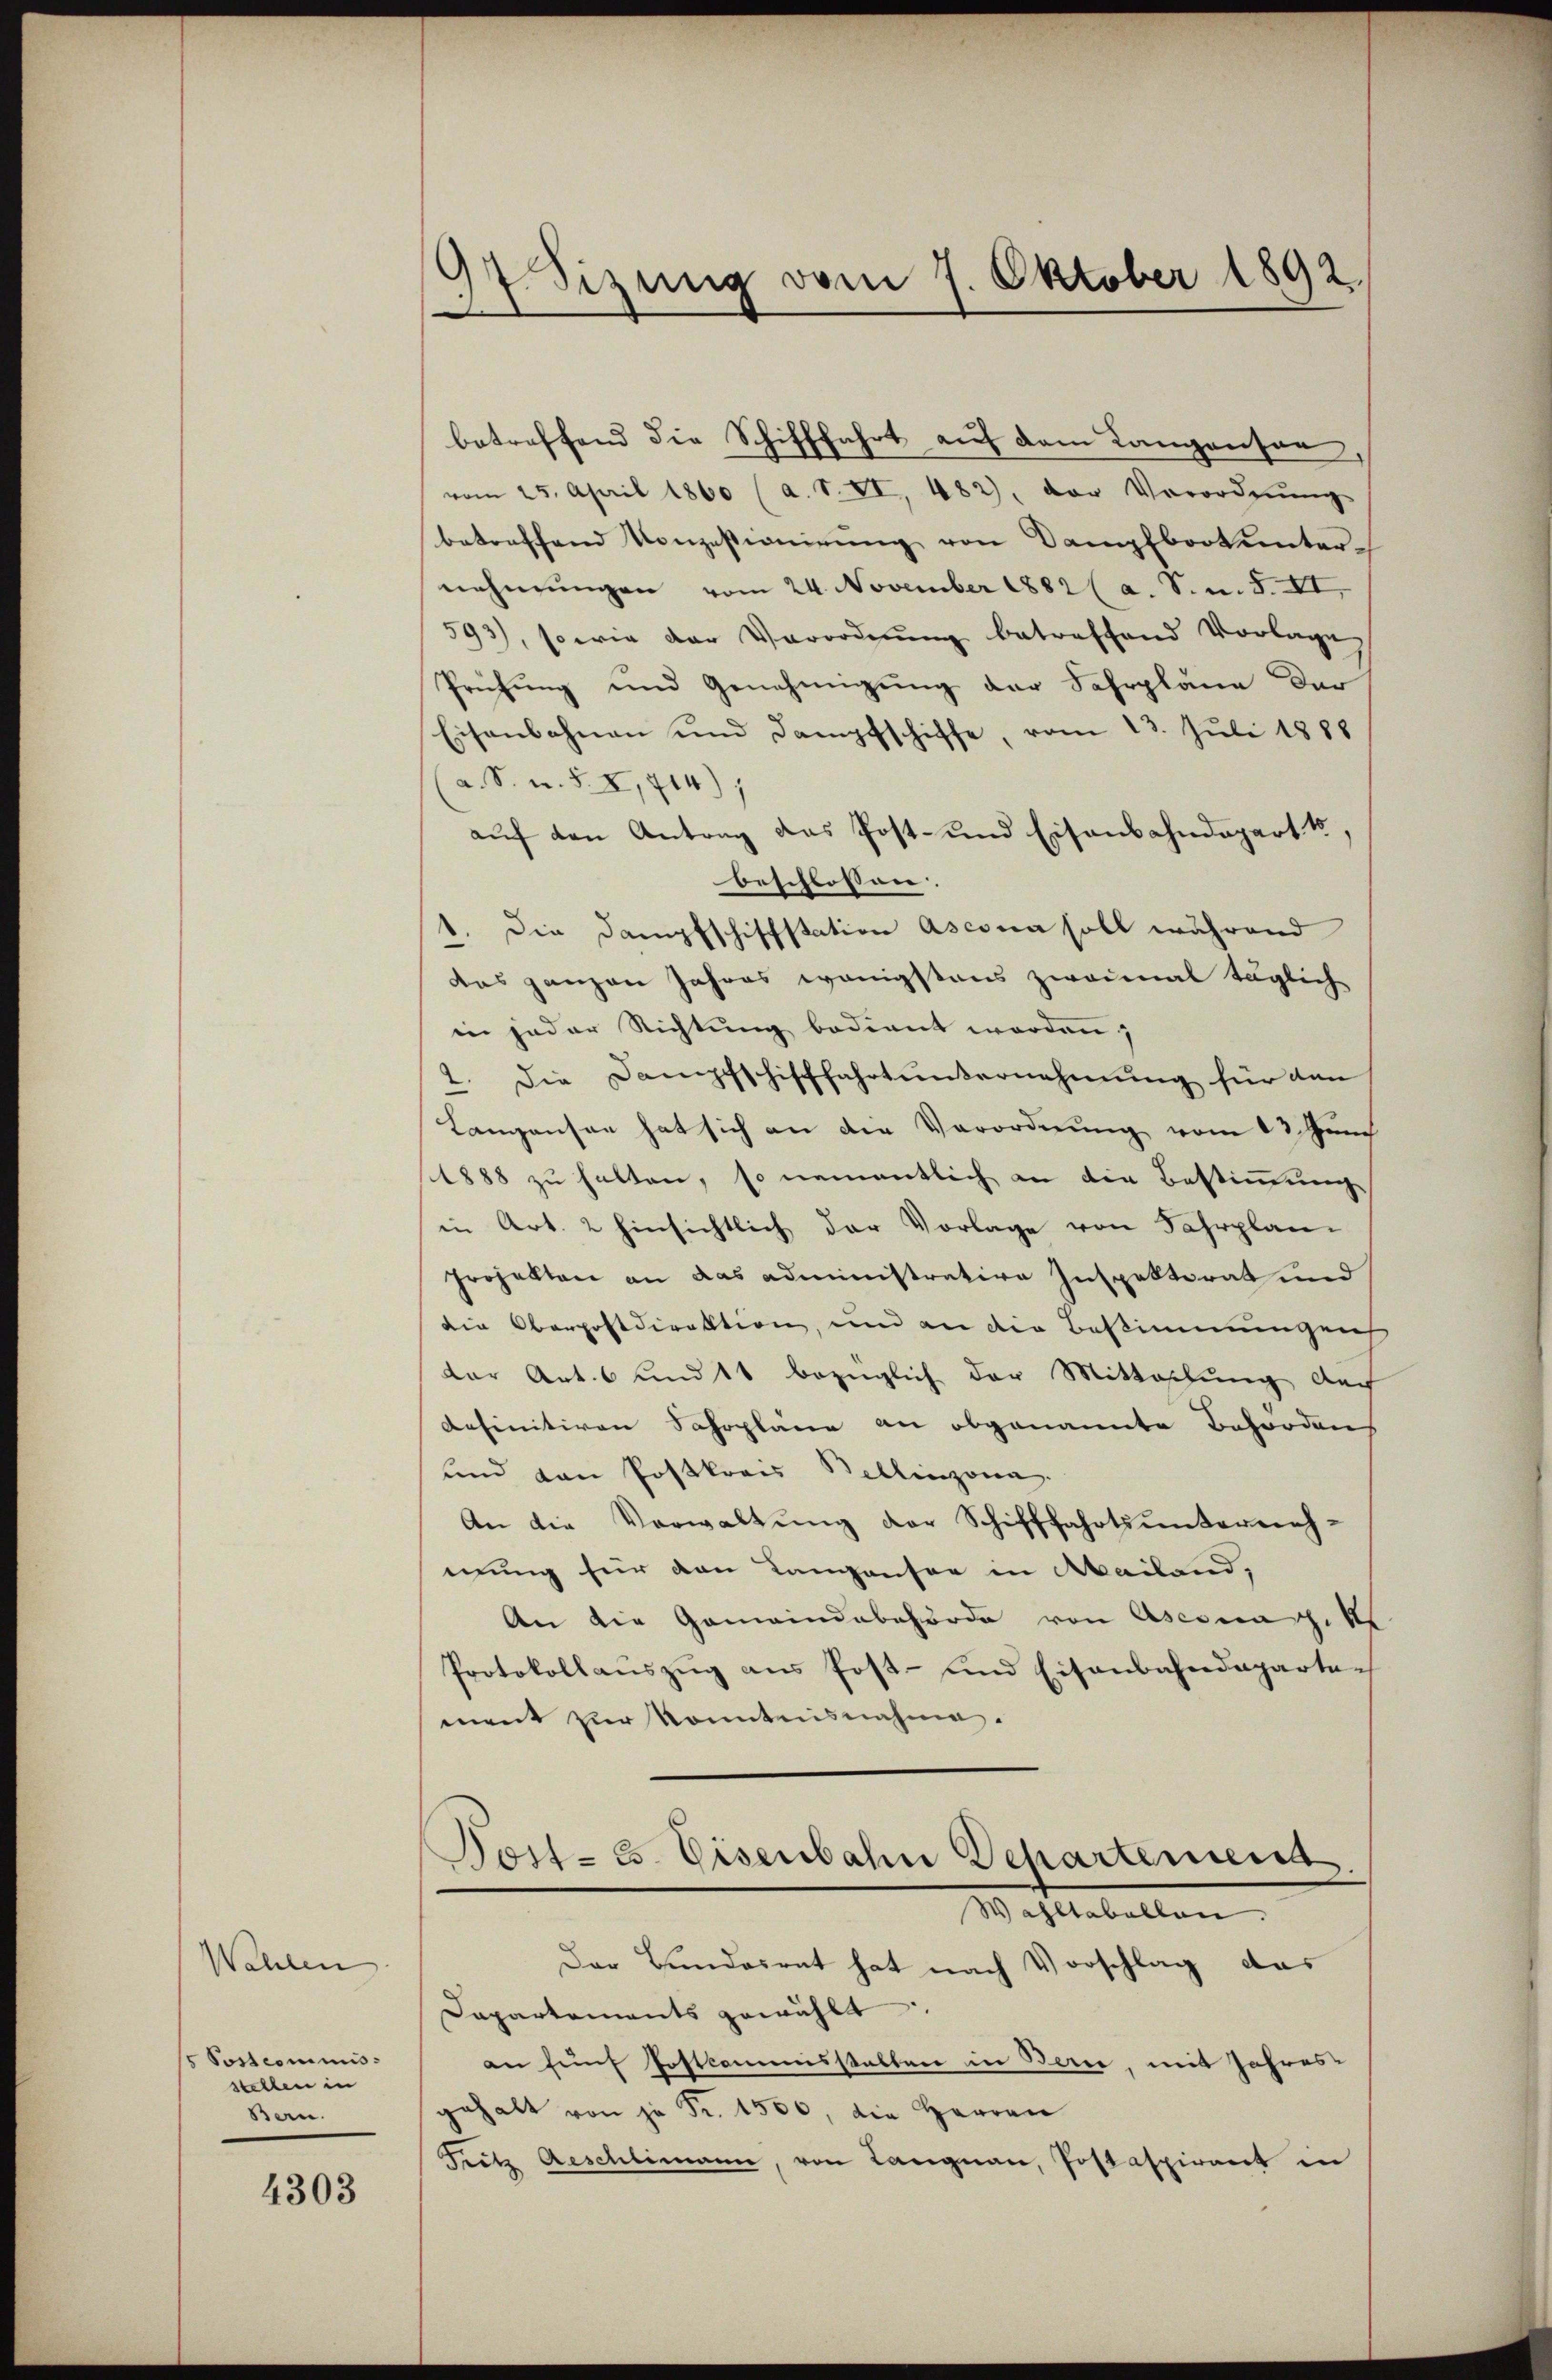
Wahlen.
s Postcommis
stellen in
Ben.

4303

97. Sizung vom 7. Oktober 1892.

betreffend die Schifffahrt auf dem Langenson
vom 25. April 1860 (a. S. XI, 482, der Verordnŭng
betreffend Konzessionierŭng von Dampfboot ŭnter-
nehmungen vom 24. November 1882 (a. S. n. F. XI,
593), so wie der Verordnŭng betreffend Vorlage
Prüfung und Genehmigung der Fahrpläne der
Eisenbahnen und Dampfschiffe, vom 13. Juli 1886
a. S. u. S. I, 714);
auf den Antrag das Post- und Eisenbahndepart 15,
beschlossen.
1. Die Dampfschiffstation ascona soll während
das ganzen Jahres wenigstens zweimal täglich
in jeder Richtung bedient worden,
2. Die Dampfschifffahrt unsernehmung für dan
Lanzansen hat sich an die Verordnung vom 13. Juni
1888 zu halten, so namentlich an die Bestimmung
in Art. 2 hinsichtlich der Vorlage von Fahrplan-
Projekten an das administrative Inspektorat und
die Oberpostdirektion, und an die Bestimmungen
dar Art. 6 und 11 bezüglich der Mittaschung der
definitiven Sahrpläne an obgenannte Behördens
und von Postkraus Bellinzona.
An die Verwaltŭng der Schifffahrtsunterneh-
mung für den Lanzansor in Mailand,
An die Gemeindebehörde von Aseena. As
Protokollaŭszŭg aŭs Post- und Eisenbahndeparten
ment zur konntensnahme.
Post- u. Eisenbahn Departement
Wahltabellen.
Der Bundesrat hat nach Vorschlag das
Dapartaments gewählt.
an fünf Postcommisstalten in Berie, mit Jahres-
gehalt von je Fr. 1500, die Herren
Fritz Aeschlimann, von Langnau, Postaspirant in